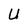
Character: U